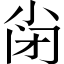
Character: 𡭬